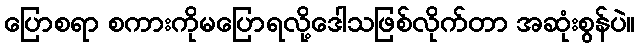
ပြောစရာ စကားကိုမပြောရလို့ဒေါသဖြစ်လိုက်တာ အဆုံးစွန်ပဲ။